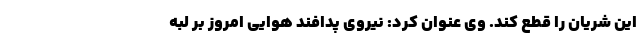
این شریان را قطع کند. وی عنوان کرد: نیروی پدافند هوایی امروز بر لبه